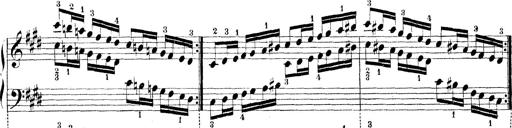
Title: Technische Studien
Composer: Franz Liszt